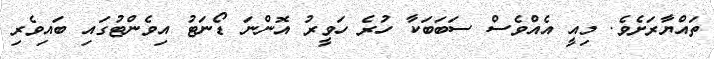
ތައްޔާރަށެވެ. މިއީ އެއްވެސް ސަބަބަކާ ހުރެ ހަވީރު އޮންނަ ޑޯނަޓު އިވެންޓުގައި ބައިވެރި